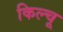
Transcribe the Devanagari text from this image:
किल्चू